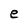
Character: e